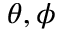
\theta , \phi